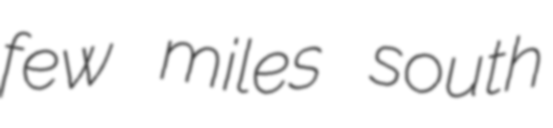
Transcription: few miles south